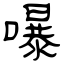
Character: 嚗